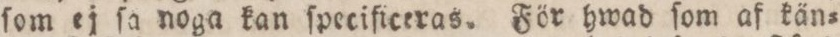
ſom ej ſa noga kan ſpecificeras. För hwad ſom af kän=